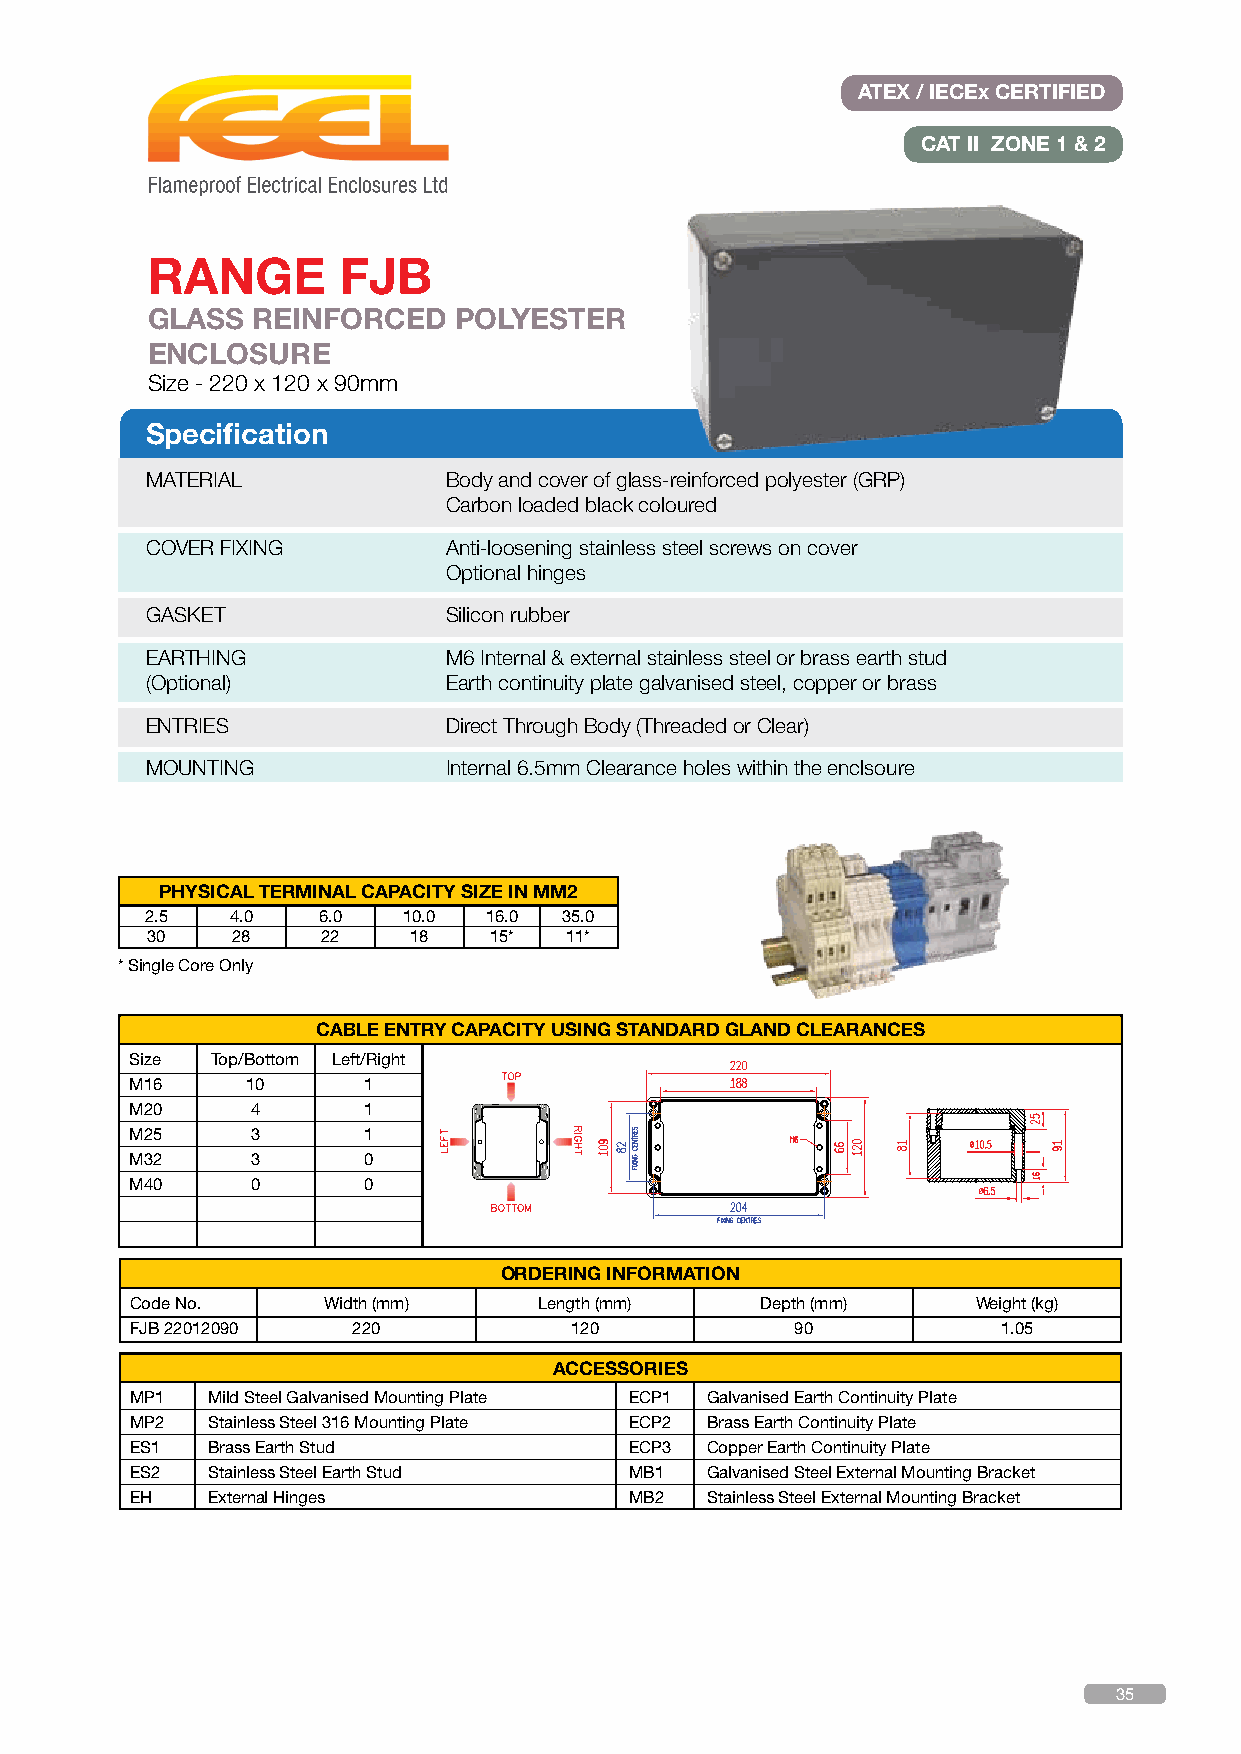
ATEX / IECEx CERTIFIED
 CAT II ZONE 1 & 2
 RANGE       FJB
 GLASS  REINFORCED   POLYESTER
 ENCLOSURE
 Size - 220 x 120 x 90mm
 Specification
 MATERIAL            Body and cover of glass-reinforced polyester (GRP)
 Carbon loaded black coloured
 COVER FIXING        Anti-loosening stainless steel screws on cover
 Optional hinges
 GASKET              Silicon rubber
 EARTHING            M6 Internal & external stainless steel or brass earth stud
 (Optional)          Earth continuity plate galvanised steel, copper or brass
 ENTRIES             Direct Through Body (Threaded or Clear)
 MOUNTING            Internal 6.5mm Clearance holes within the enclsoure
 PHYSICAL TERMINAL CAPACITY SIZE IN MM2
 2.5  4.0   6.0   10.0 16.0 35.0
 30   28    22    18   15*  11*
 * Single Core Only
 CABLE ENTRY CAPACITY USING STANDARD GLAND CLEARANCES
 Size Top/Bottom Left/Right
 M16    10      1
 M20     4      1
 M25     3      1
 M32     3      0
 M40     0      0
 ORDERING INFORMATION
 Code No.    Width (mm)     Length (mm)   Depth (mm)     Weight (kg)
 FJB 22012090  220            120            90           1.05
 ACCESSORIES
 MP1  Mild Steel Galvanised Mounting Plate ECP1 Galvanised Earth Continuity Plate
 MP2  Stainless Steel 316 Mounting Plate ECP2 Brass Earth Continuity Plate
 ES1  Brass Earth Stud            ECP3 Copper Earth Continuity Plate
 ES2  Stainless Steel Earth Stud  MB1  Galvanised Steel External Mounting Bracket
 EH   External Hinges             MB2  Stainless Steel External Mounting Bracket
 35